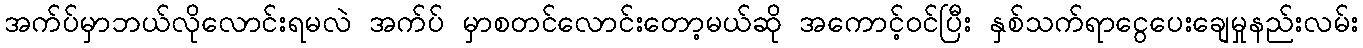
အက်ပ်မှာဘယ်လိုလောင်းရမလဲ အက်ပ် မှာစတင်လောင်းတော့မယ်ဆို အကောင့်ဝင်ပြီး နှစ်သက်ရာငွေပေးချေမှုနည်းလမ်း